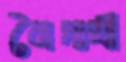
নৈদাঘী